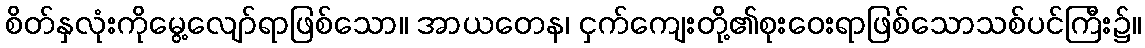
စိတ်နှလုံးကိုမွေ့လျော်ရာဖြစ်သော။ အာယတေန၊ ငှက်ကျေးတို့၏စုးဝေးရာဖြစ်သောသစ်ပင်ကြီး၌။